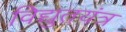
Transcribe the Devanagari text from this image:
विद्युतयंत्र